Bréfritari: Sigríður Guðmundsdóttir
Viðtakandi: Jón Borgfirðings Jónsson
Dagsetning: A-1859-03-08
Skrifað á: Reykjavík  Gull.

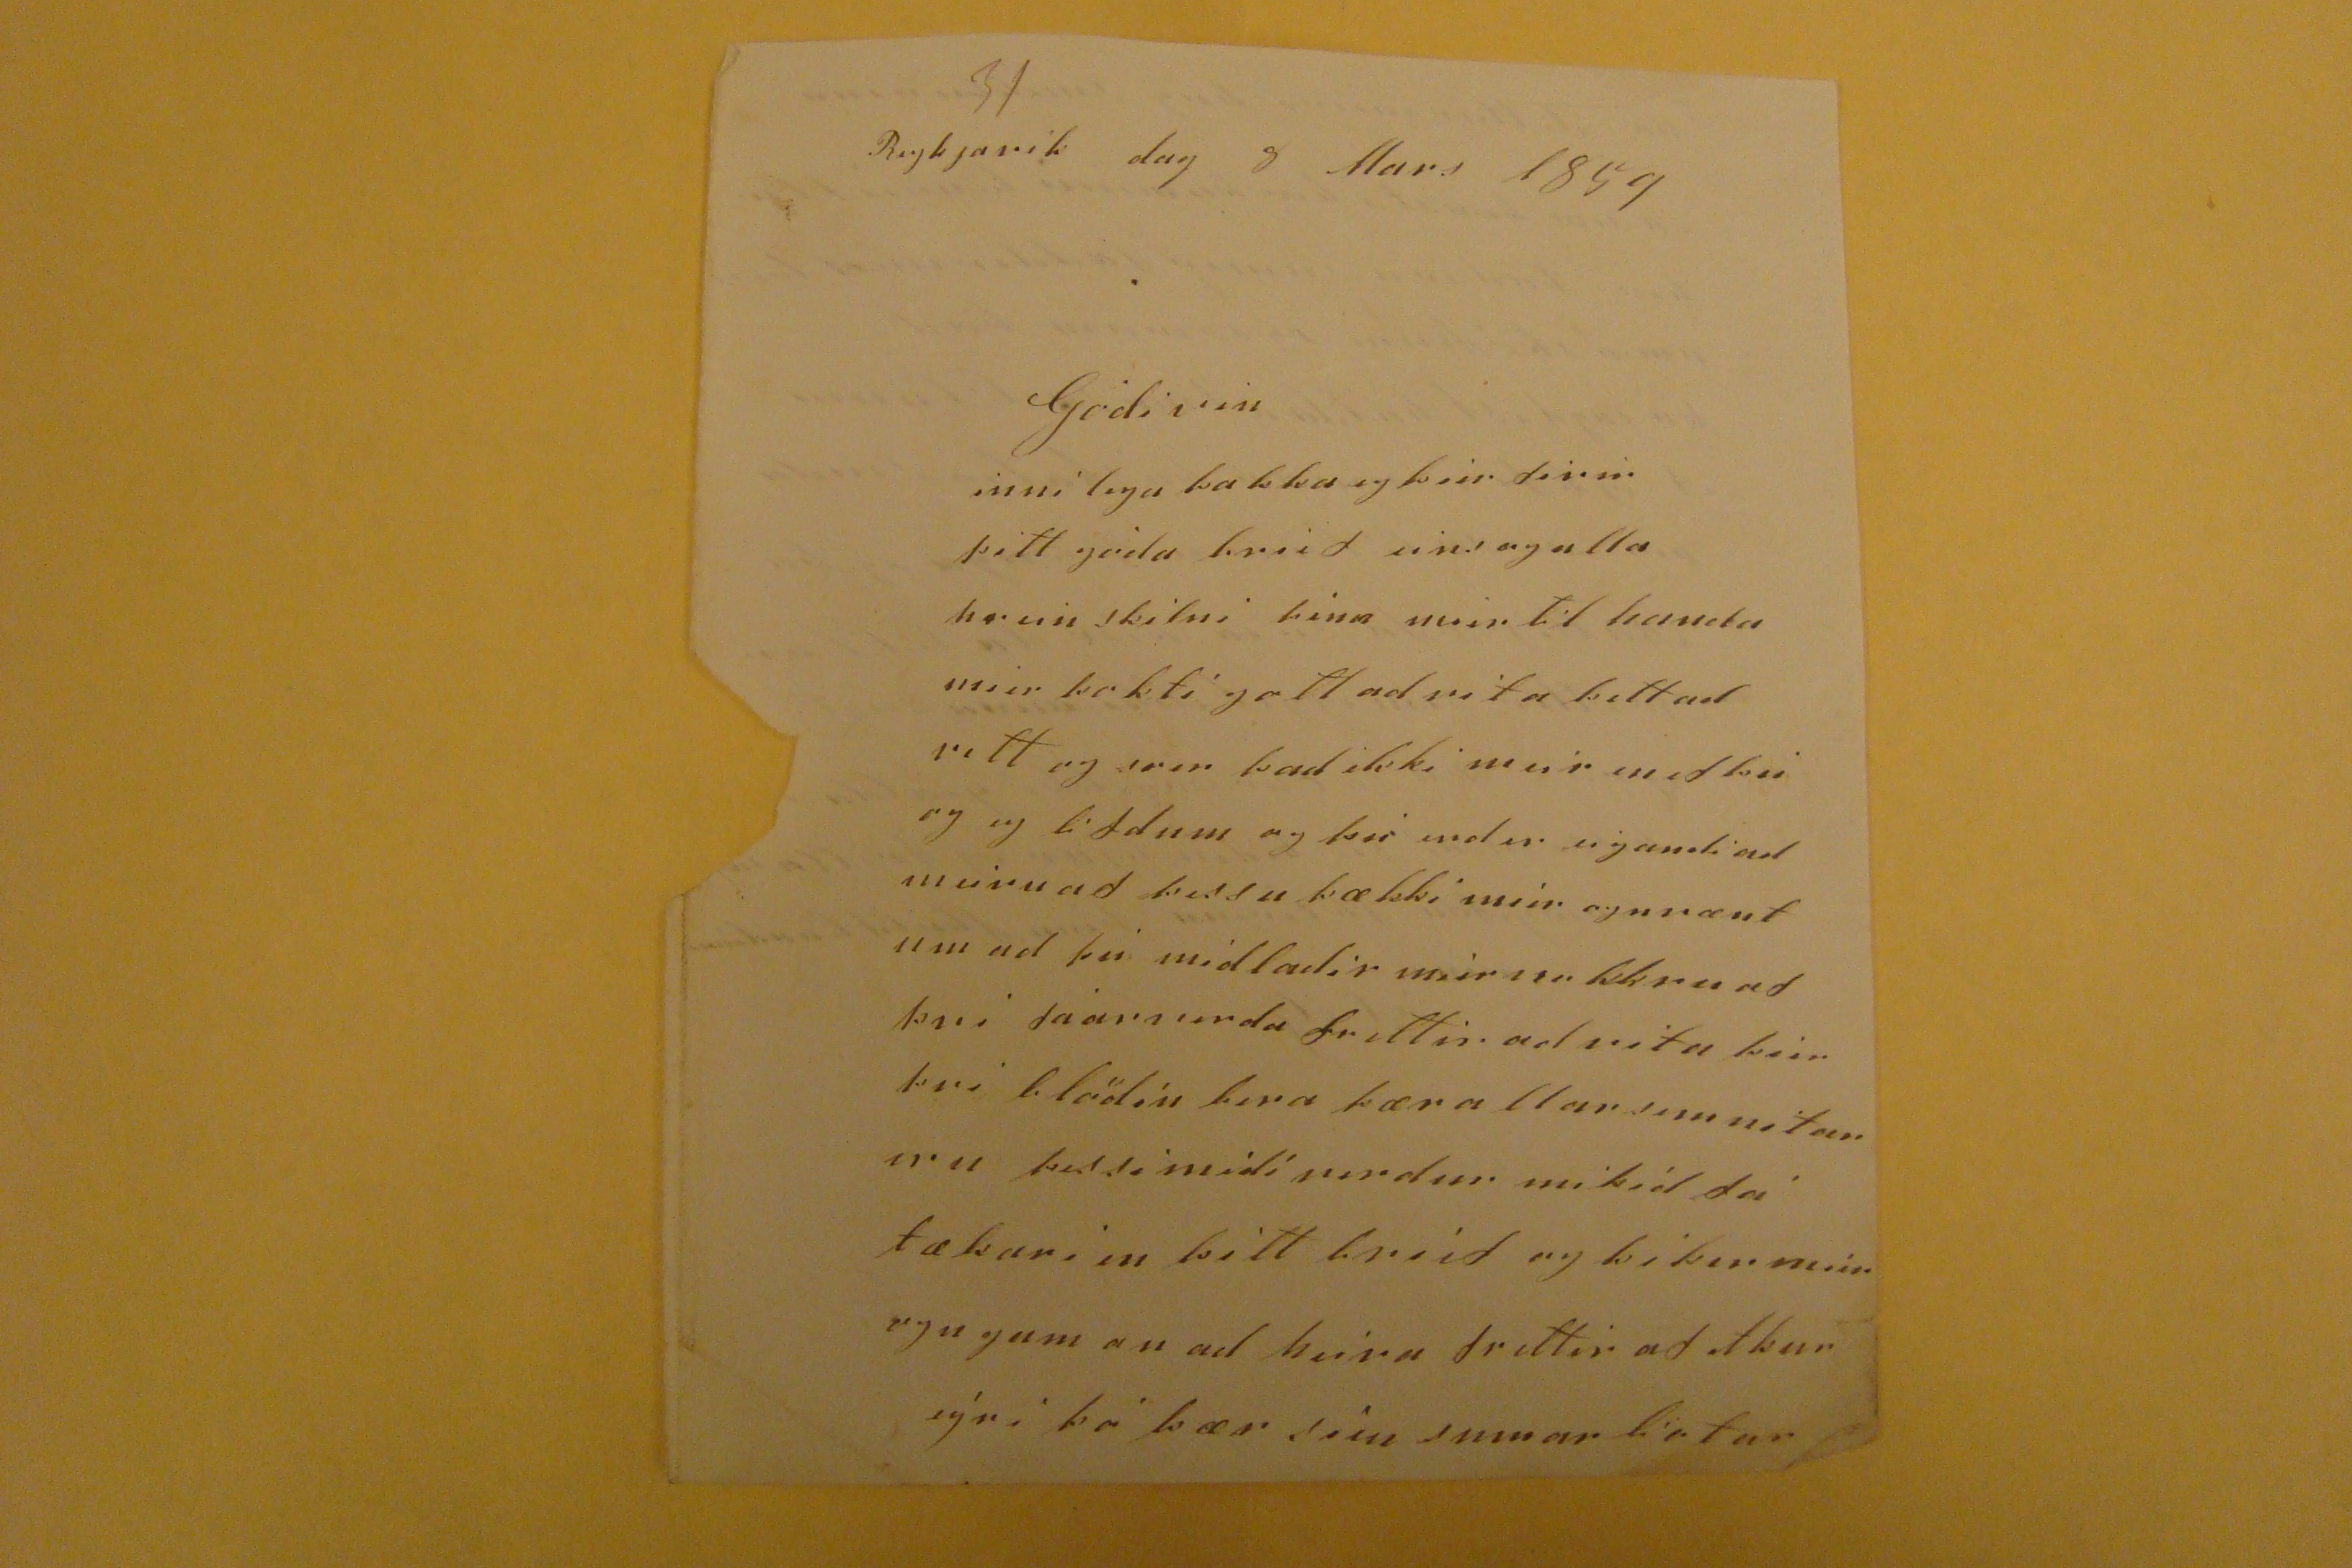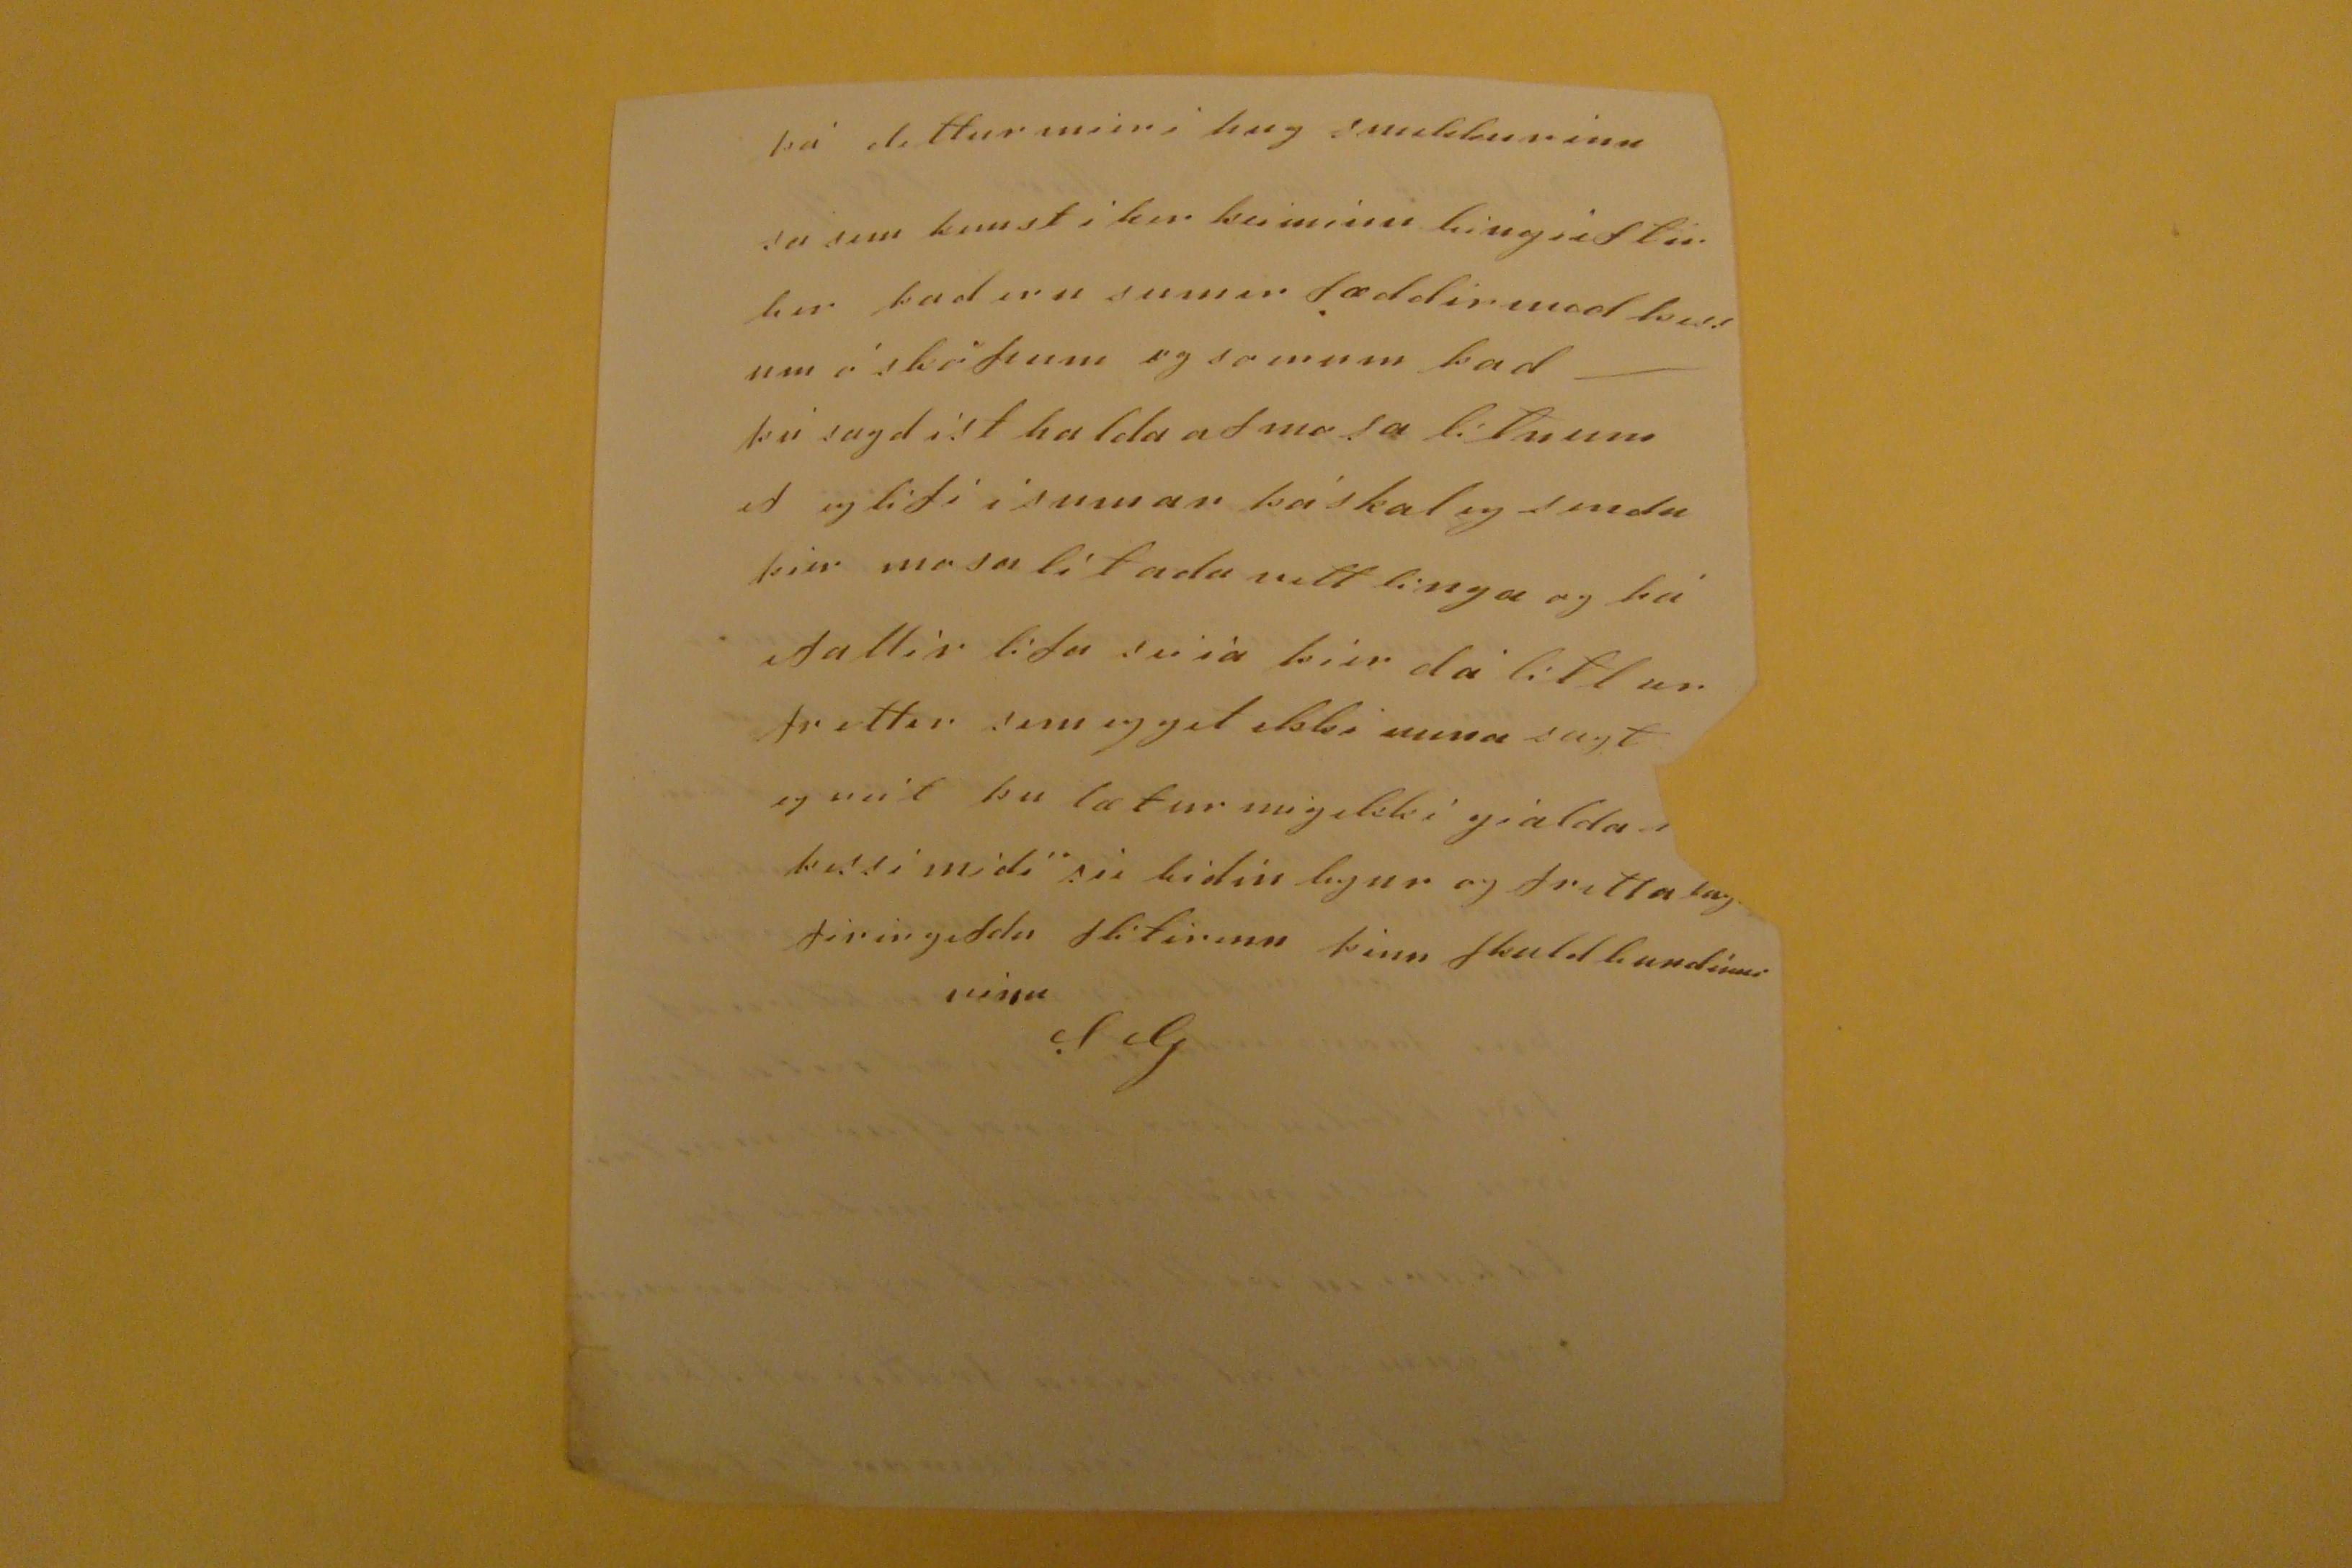

Reykjavik dag 8 MArs 1859
Gódi vin
innilega þakka eg þier firir þitt góda brief eins og alla hrein skilni þina mier til handa mier þokti gott ad rita þettad rett og
sver
þad ekki meir en ef þu og eg lifdum og þu irdir eigandi ad meiru af þessu þækkki mier ognvænt um ad þú midladir mier
nokkru af
þvi
fáarverda
frettir ad rita þier þvi blödin bera færa llar sem notar eru þessi midi verdur mikid fátækari en þitt brief og þikir mier ogn gaman ad heira frettir af Akureýri þó þær sieu sumar liotar
þá dettur mier i hug
smekkurinn
sa sem
komst i ker keiminn
leingist tirkir þad eru sumir fæddir med þessum ó sköpum og so mun þad þú sagdist halda afmosa litnum ef eg lifi i sumar þá skal eg senda þier mosa litada vettlinga og þá
ef allir
lifa
svia
þier dálitlar frettir sem eg get ekki mnuna sagt eg veit þu lætur mig ekki gialda
???
þessi midi síe bidin legur og fretta
lays
firirgefdu flitirinn þinn skuldbundinni
SG